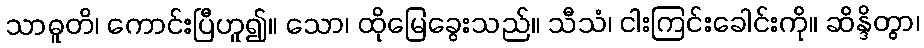
သာဓူတိ၊ ကောင်းပြီဟူ၍။ သော၊ ထိုမြေခွေးသည်။ သီသံ၊ ငါးကြင်းခေါင်းကို။ ဆိန္ဒိတွာ၊